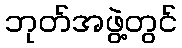
ဘုတ်အဖွဲ့တွင်